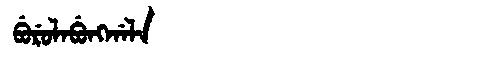
Manchu: ᠪᡠᡵᡠᠯᠠᠪᡠᠩᡤᠠᠯᠠ
Romanization: BURULABUNGGALA